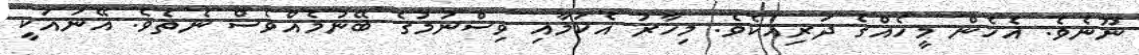
ނޫނެވެ. އެހެން މީހެއްގެ ދަރިއެކެވެ. މިހާރު އެކަމާއި ވިސްނުމުގެ ބޭނުމެއްވެސް ނެތެވެ. އޭނައަކީ